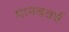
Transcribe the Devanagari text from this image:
मानववर्ष